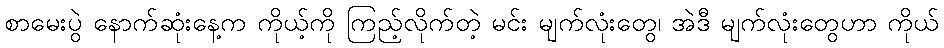
စာမေးပွဲ နောက်ဆုံးနေ့က ကိုယ့်ကို ကြည့်လိုက်တဲ့ မင်း မျက်လုံးတွေ၊ အဲဒီ မျက်လုံးတွေဟာ ကိုယ်